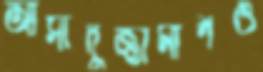
আসাদুজ্জামানও